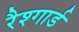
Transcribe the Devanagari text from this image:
रैश्गार्ड